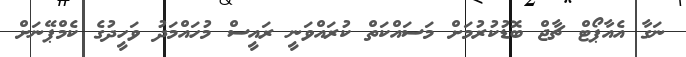
ނަގާ އެއާޕޯޓް ޗާޖް ބޮޑުކުރުމަށް މަސައްކަތް ކުރައްވަނީ ރައީސް މުހައްމަދު ވަހީދުގެ ކެމްޕޭނަށް